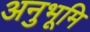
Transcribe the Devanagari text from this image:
अनुभूमि